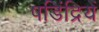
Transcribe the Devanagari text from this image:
षडिंद्रियें